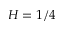
H = 1 / 4